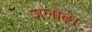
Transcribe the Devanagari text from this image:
जलोढ़।